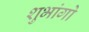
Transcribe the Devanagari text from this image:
शुभांगो